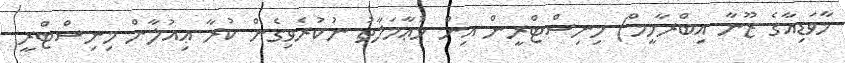
މާވަޑިއާގެ ޒޫނާ އިބްރާހީމް) މިނިސްޓްރީން އިން މުޢާމަލާތު ނުކުރެވިގެން ކުރާ ޢިއުލާން މިނިސްޓްރީ